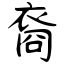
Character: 裔